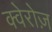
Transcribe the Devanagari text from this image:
क्वेरोज़